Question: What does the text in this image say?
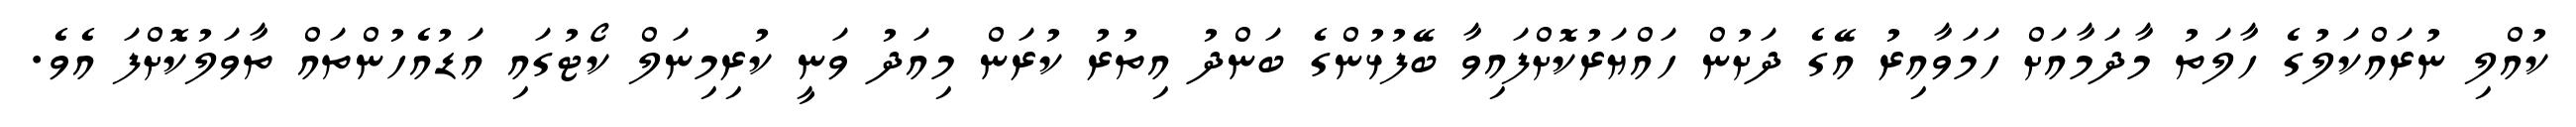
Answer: ކުއްލި ނުރައްކަލުގެ ހާލަތު މާދަމާއަށް ހަމަވާއިރު އޭގެ ދަށުން ހައްޔަރުކޮށްފައިވާ ބޭފުޅުންގެ ބަންދު އިތުރު ކުރަން މިއަދު ވަނީ ކުރިމިނަލް ކޯޓުގައި އަޑުއެހުންތައް ތާވަލުކޮށްފަ އެވެ.